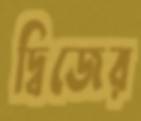
দ্বিজের